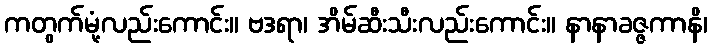
ကတွက်မုံ့လည်းကောင်း။ ဗဒရာ၊ အိမ်ဆီးသီးလည်းကောင်း။ နာနာခဇ္ဇကာနိ၊